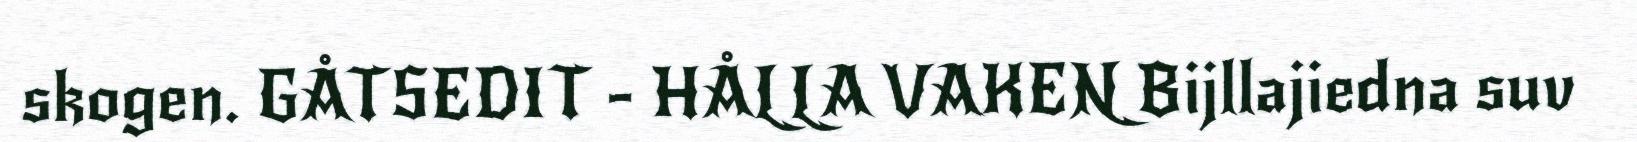
skogen. GÅTSEDIT - HÅLLA VAKEN Bijllajiedna suv